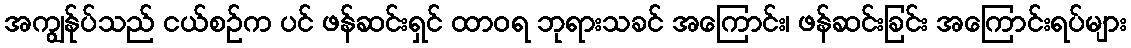
အကျွန်ုပ်သည် ငယ်စဉ်က ပင် ဖန်ဆင်းရှင် ထာဝရ ဘုရားသခင် အကြောင်း၊ ဖန်ဆင်းခြင်း အကြောင်းရပ်များ